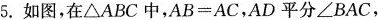
5.如图，在\triangle ABC中，AB=AC，AD平分\angle BAC，